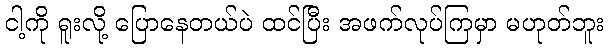
ငါ့ကို ရူးလို့ ပြောနေတယ်ပဲ ထင်ပြီး အဖက်လုပ်ကြမှာ မဟုတ်ဘူး